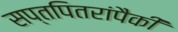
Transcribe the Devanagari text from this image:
सप्तपितरांपैकी